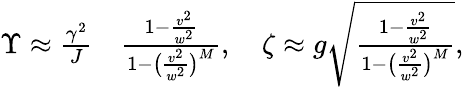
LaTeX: \begin{array}{rl}{\Upsilon\approx\frac{\gamma^{2}}{J}}&{{}\frac{1-\frac{v^{2}}{w^{2}}}{1-\big(\frac{v^{2}}{w^{2}}\big)^{M}},\quad\zeta\approx g\sqrt{\frac{1-\frac{v^{2}}{w^{2}}}{1-\big(\frac{v^{2}}{w^{2}}\big)^{M}}},}\end{array}